Madras plague regulations in force outside the Presidency town - Volume 7
Disease focus: Plague
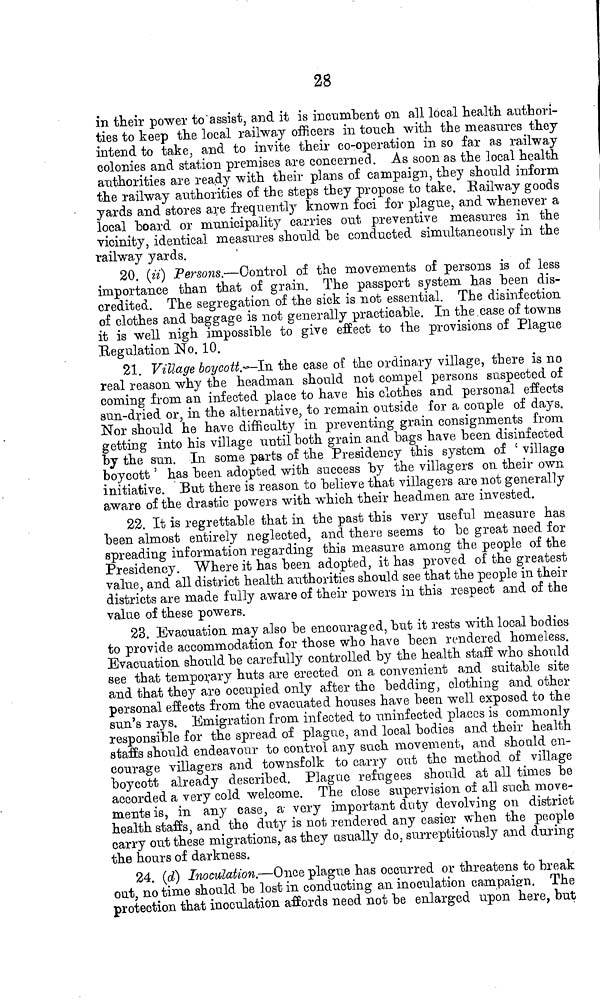
28
in their power to'assist, and it is incumbent oil all local health authori-
ties to keep the local railway officers in touch with the measures they
intend to take, and to invite their co-operation in so fa,r as railway
colonies and station premises are concerned. As soon as the local health
authorities are ready with their plans of campaign, they should inform
the railway authorities of the steps they propose to take. Railway goods
yards and stores are frequently known foci for plague, and whenever a
local board or municipality carries out preventive measures in the
vicinity, identical measures should "be conducted simultaneously in the
railway yards.
20. (ii] Persons.—Control of the movements of persons is of less
importance than that of grain. Th.e passport system has been dis-
credited. The segregation of the sick is not essential. The disinfection
of clothes and baggage is not generally practicable. In the case of towns
it is well nigh impossible to give effect to the provisions of Plague
[Regulation No. 10.
21. Village boycotts-is, the case of the ordinary village, there is no
real reason why the headman should not compel persons suspected of
coming from an infected place to have his clothes and personal effects
sun-dried or,, in the alternative, to remain outside for a couple of days.
Nor should he have difficulty in preventing grain consignments from
getting into his village until both grain and bags have been disinfected
by the sun. In some parts of the Presidency this system of ' village
boycott ' has been adopted with success by the villagers on their own
initiative. But there is reason to believe that villagers are not generally
aware of the drastic powers with which their headmen are invested.
22. It is regrettable that in the past this very useful measure has
been almost entirely neglected, and there seems to be great need for
spreading information regarding this measure among the people of the
Presidency. Where it has been adopted, it has proved of the greatest
value, and all district health authorities should see that the people in their
districts are made fully aware of their powers in this respect and of the
value of these powers.
23. Evacuation may also be encouraged, but it rests with local bodies
to provide accommodation for those who have been rendered homeless.
Evacuation should be carefully controlled by the health staff who should
see that temporary huts are erected on a convenient and suitable site
and that they are occupied only after the bedding, clothing and other
personal effects from the evacuated houses have been well exposed to the
sun's rays. Emigration from infected to uninfected places is commonly
responsible for the spread of plague, and local bodies and their health
staffs should endeavour to control any such movement, and should en-
courage villagers and townsfolk to carry oat the method of village
boycott already described. Plague refugees should at all times be
accorded a very cold welcome. The close supervision of all such move-
ments is, in any case, a- very importa.nt duty devolving on district
health staffs, and the duty is not rendered any easier when the people
carry out these migrations, as they usually do, surreptitiously and during
the hours of darkness.
24. (d] Inoculation.—Once plague has occurred or threatens to break
out, no time should be lost in conducting an inoculation campaign. The
protection that inoculation affords need not be enlarg-ed upon here, but